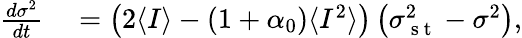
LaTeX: \begin{array}{rl}{\frac{d\sigma^{2}}{dt}}&{{}=\left(2\langle I\rangle-(1+\alpha_{0})\langle I^{2}\rangle\right)\left(\sigma_{\mathrm{~s~t~}}^{2}-\sigma^{2}\right),}\end{array}